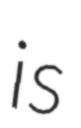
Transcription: is